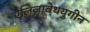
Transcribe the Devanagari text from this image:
एलिज़ाबेथयुगीन